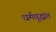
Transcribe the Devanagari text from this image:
धर्मयुद्धांत